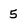
Character: 5